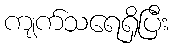
ကျက်သရေရှိပြီး